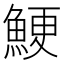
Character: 鯁